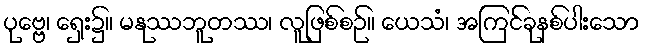
ပုဗ္ဗေ၊ ရှေး၌။ မနုဿဘူတဿ၊ လူဖြစ်စဉ်။ ယေသံ၊ အကြင်ခုနစ်ပါးသော